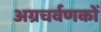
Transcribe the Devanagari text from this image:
अग्रचर्वणकों